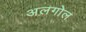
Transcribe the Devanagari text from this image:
अलगोल